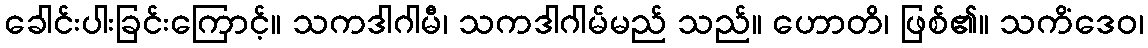
ခေါင်းပါးခြင်းကြောင့်။ သကဒါဂါမီ၊ သကဒါဂါမ်မည် သည်။ ဟောတိ၊ ဖြစ်၏။ သကိံဒေဝ၊